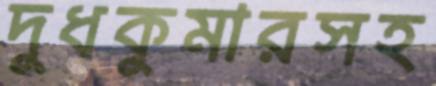
দুধকুমারসহ